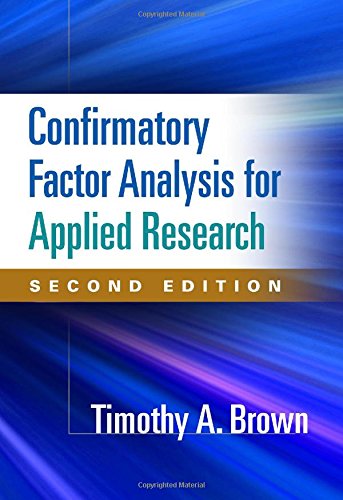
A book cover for Confirmatory Factor Analysis for Applied Research, Second Edition (Methodology in the Social Sciences); Timothy A. Brown PsyD; Medical Books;